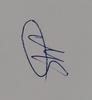
Signature authenticity: genuine